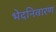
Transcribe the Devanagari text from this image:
भेदनिवारण